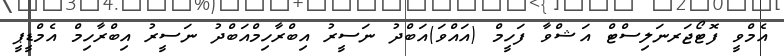
އެމްވީ ފޮޓޯޖަރނަލިސްޓް އަޝްވާ ފަހީމް (އައްވަ)އަބްދު ނަސީރު އިބްރާހިމްއަބްދު ނަސީރު އިބްރާހިމް އެމްޑީޕީ